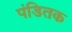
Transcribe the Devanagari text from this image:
पंडितक